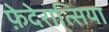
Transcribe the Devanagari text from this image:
फ़ेदेरात्सिया